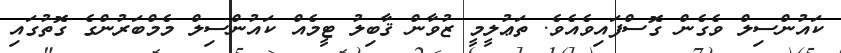
ކައުންސިލް ވެގެން ގޮސްފައިވެއެވެ. ތަޢުލީމީ ޒުވާން ޤާބިލު ޓީމެއް ކައުންސިލް މެމްބަރުންގެ ގޮތުގައި